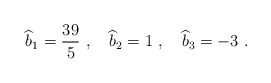
\begin{align*} {\widehat b}_1={39\over 5}~,~~~{\widehat b}_2=1~,~~~{\widehat b}_3=-3~.\end{align*}